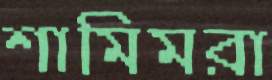
শামিমরা